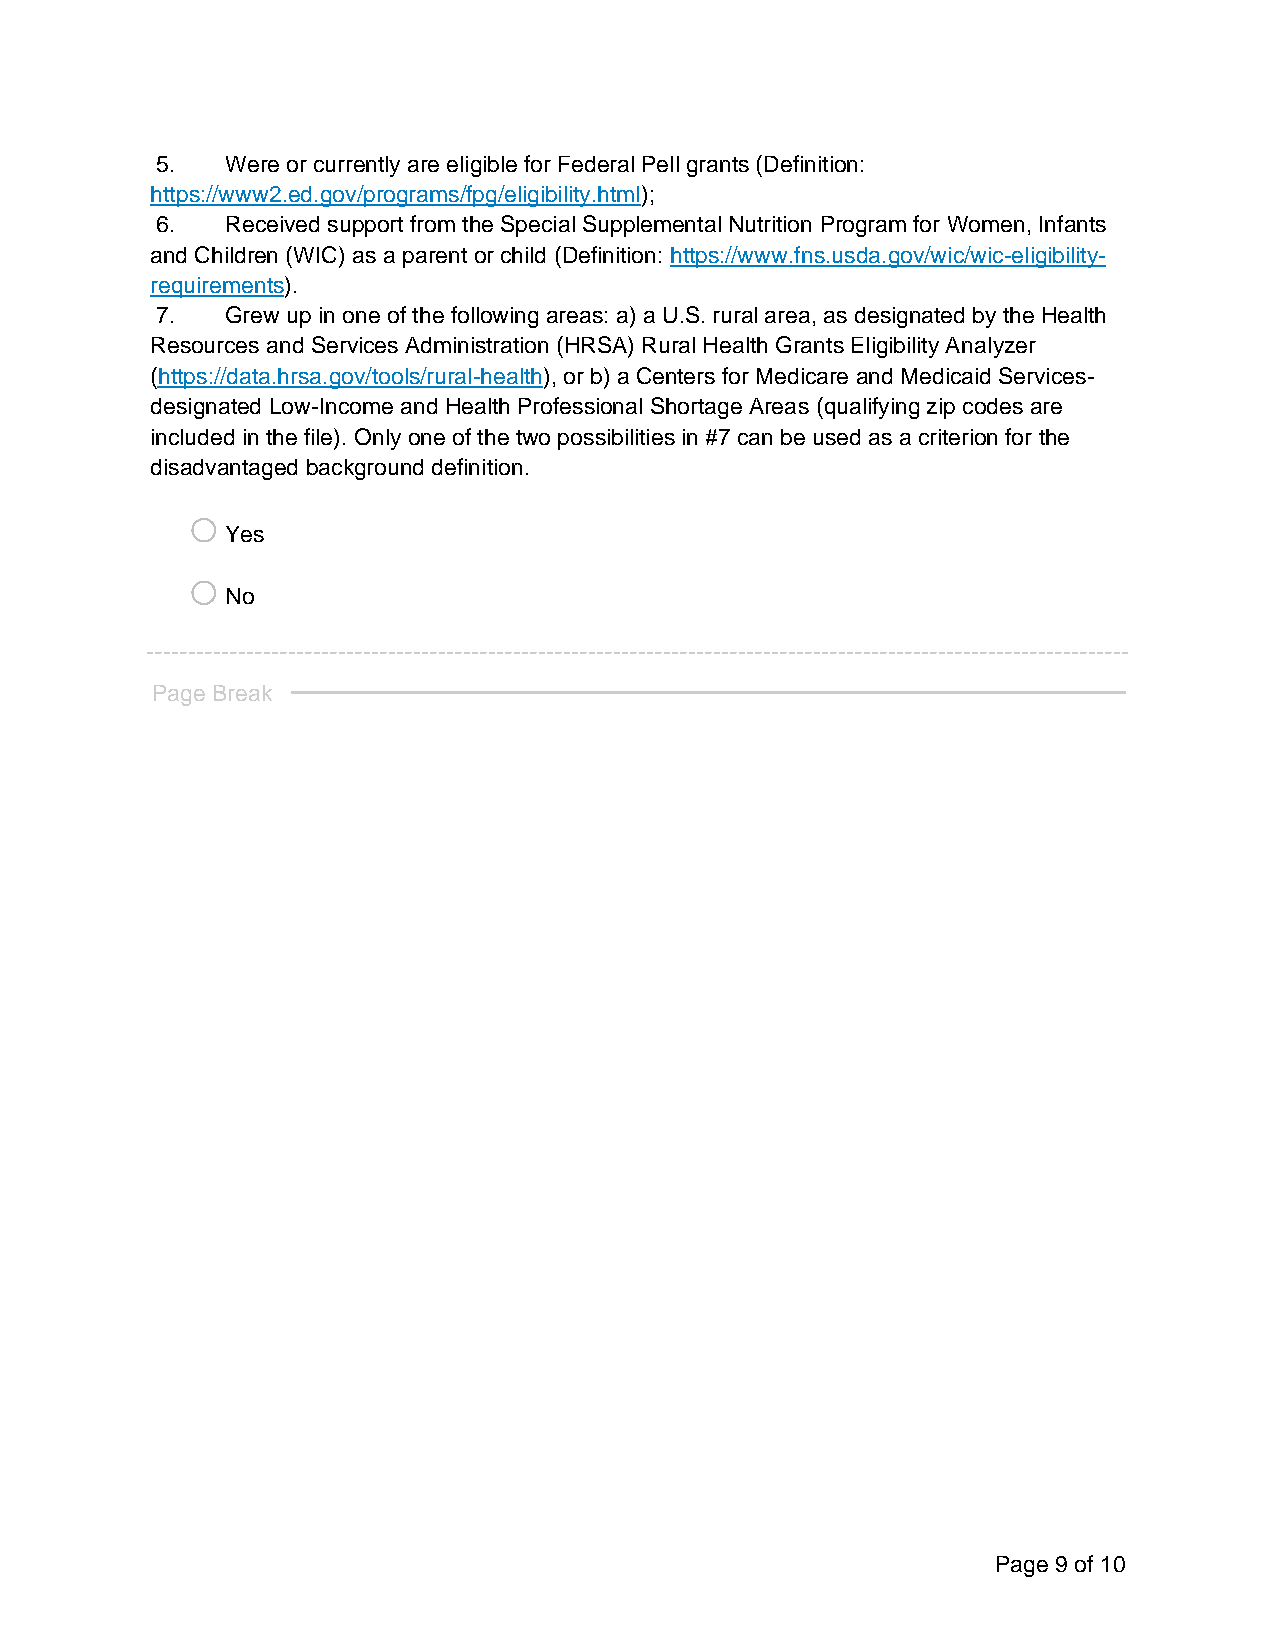
5.   Were or currently are eligible for Federal Pell grants (Definition:
 https://www2.ed.gov/programs/fpg/eligibility.html);
 6.   Received support from the Special Supplemental Nutrition Program for Women, Infants
 and Children (WIC) as a parent or child (Definition: https://www.fns.usda.gov/wic/wic-eligibility-
 requirements).
 7.   Grew up in one of the following areas: a) a U.S. rural area, as designated by the Health
 Resources and Services Administration (HRSA) Rural Health Grants Eligibility Analyzer
 (https://data.hrsa.gov/tools/rural-health), or b) a Centers for Medicare and Medicaid Services-
 designated Low-Income and Health Professional Shortage Areas (qualifying zip codes are
 included in the file). Only one of the two possibilities in #7 can be used as a criterion for the
 disadvantaged background definition.
 o
 Yes
 o
 No
 Page Break
 Page 9 of 10